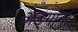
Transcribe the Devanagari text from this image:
अङ्गानां